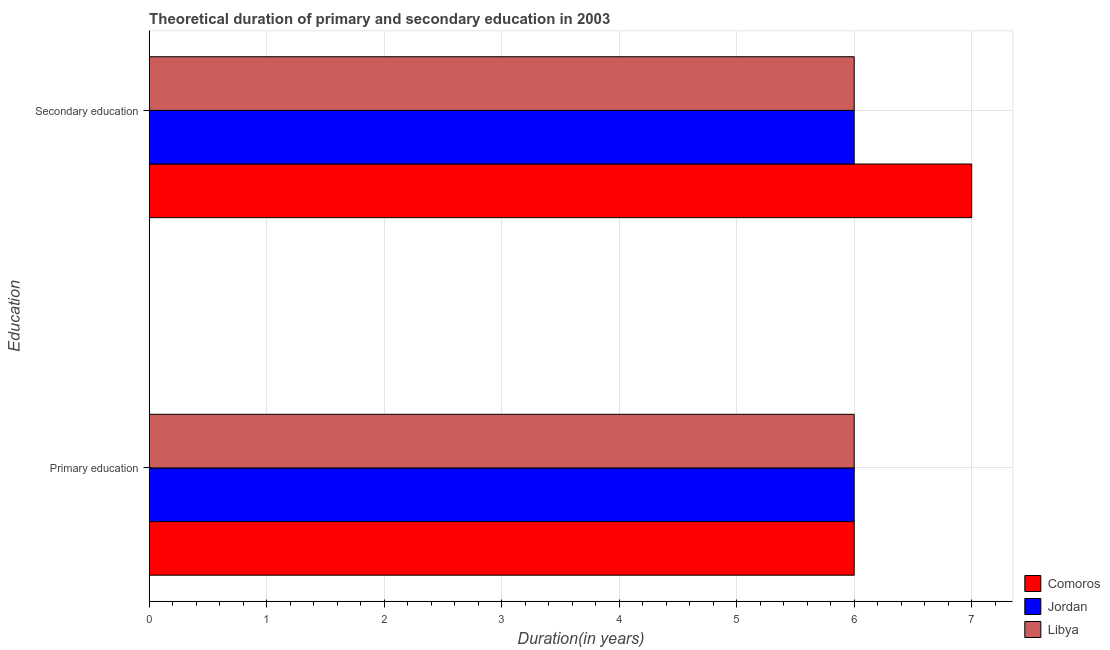
| Education | Comoros | Jordan | Libya |
 | --- | --- | --- | --- |
 | Primary education | 6 | 6 | 6 |
 | Secondary education | 7 | 6 | 6 |